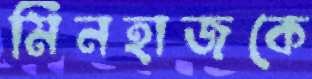
মিনহাজকে